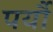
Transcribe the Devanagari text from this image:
पर्यौ